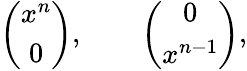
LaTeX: \left(\begin{array}{c}{{x^{n}}}\\ {{0}}\end{array}\right),\quad\quad\left(\begin{array}{c}{{0}}\\ {{x^{n-1}}}\end{array}\right),